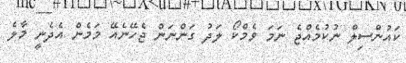
ކައުންސިލް ނުކުމެއްޖެ ނަމަ ވެމްކޯ ލަދު ގަންނަން ޖެހޭނެއޭ މަމެން އެދެނީ މާލެ